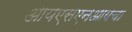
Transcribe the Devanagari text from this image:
आयएसएनआयचा